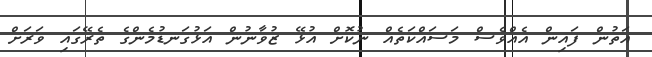
އަތުން ފައިން އެއްވެސް މަސައްކަތެއް ނުކޮށް އުޅޭ ޒުވާނުން އަޅުގަނޑުމެންގެ ތެރޭގައި ވަރަށް